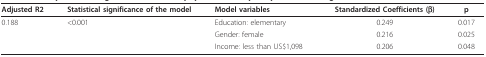
| Adjusted R2 | Statistical significance of the model | Model variables | Standardized Coefficients (β) | p |
 | --- | --- | --- | --- | --- |
 | 0.188 | <0.001 | Education: elementary | 0.249 | 0.017 |
 |  |  | Gender: female | 0.216 | 0.025 |
 |  |  | Income: less than US$1,098 | 0.206 | 0.048 |